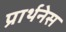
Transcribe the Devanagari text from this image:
प्रार्थनेस